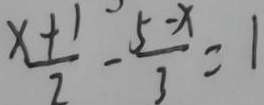
\frac { x + 1 } { 2 } - \frac { 5 - x } { 3 } = 1